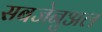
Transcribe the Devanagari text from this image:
सबजेनुअल